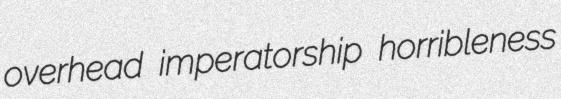
overhead imperatorship horribleness